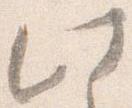
此